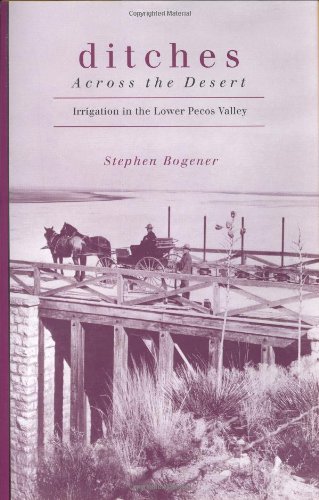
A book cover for Ditches across the Desert: Irrigation in the Lower Pecos Valley; Stephen Bogener; Science & Math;